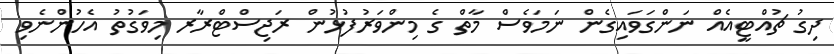
ދިގު ޗުއްޓީއެއް ނަންގަވައިގެން ނަމަވެސް މާތް ގެ މިންވަރުފުޅުން ރަޖިސްޓްރާރ މިވަގުތު އެހުންނެވި